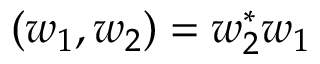
( \boldsymbol { w } _ { 1 } , \boldsymbol { w } _ { 2 } ) = \boldsymbol { w } _ { 2 } ^ { * } \boldsymbol { w } _ { 1 }